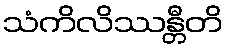
သံကိလိဿန္တီတိ